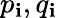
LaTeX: p_{\mathbf{i}},q_{\mathbf{i}}